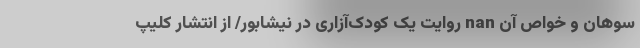
سوهان و خواص آن nan روایت یک کودک‌آزاری در نیشابور/ از انتشار کلیپ